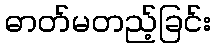
ဓာတ်မတည့်ခြင်း